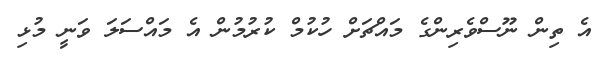
އެ ތިން ނޫސްވެރިންގެ މައްޗަށް ހުކުމް ކުރުމުން އެ މައްސަލަ ވަނީ މުޅި